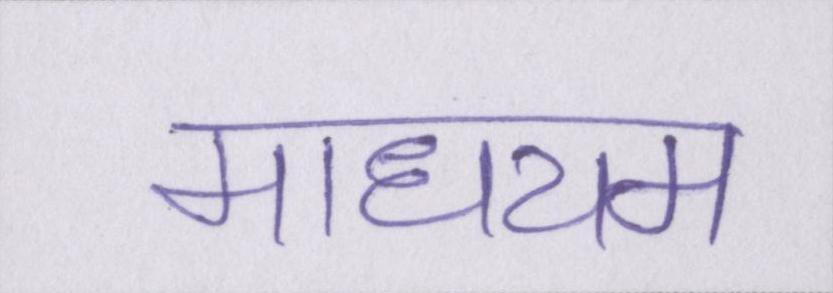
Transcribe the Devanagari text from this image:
माधयम